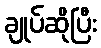
ချုပ်ဆိုပြီး